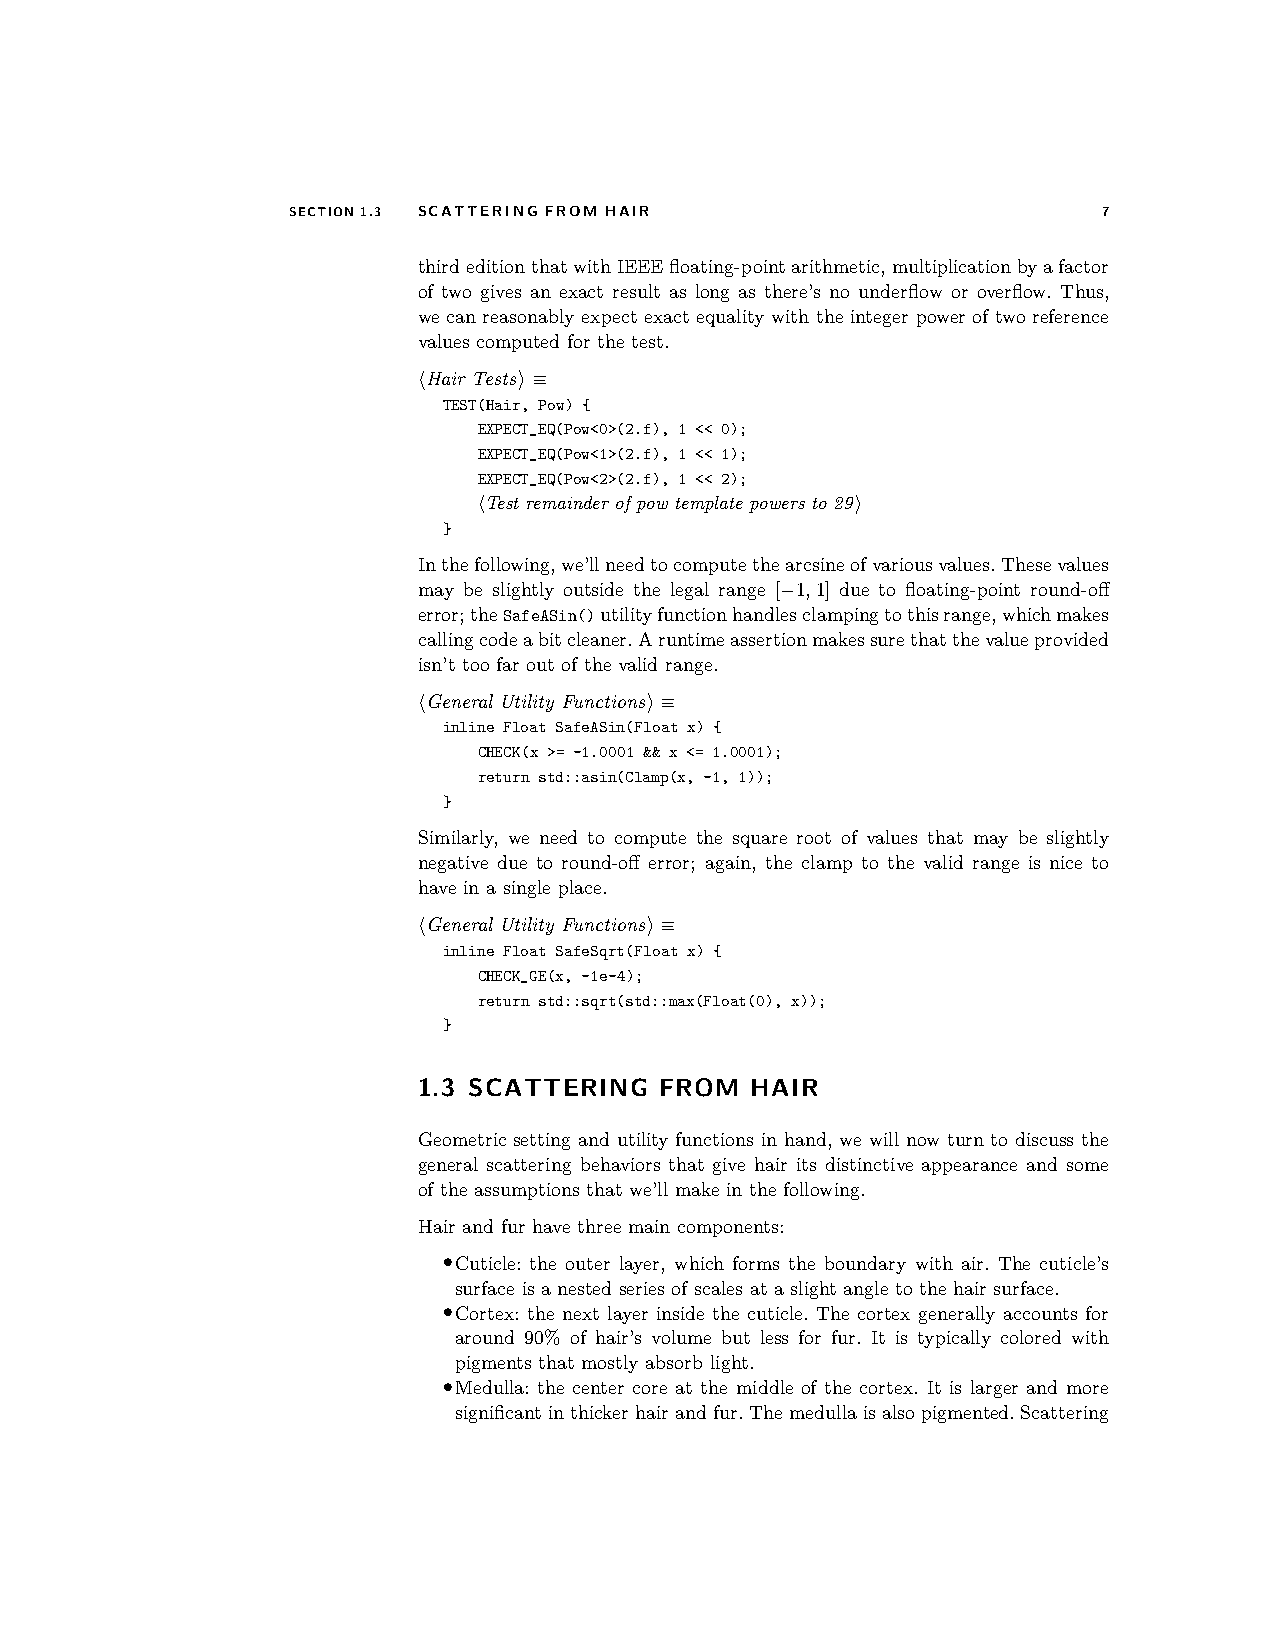
SECTION1.3 SCATTERING FROM HAIR                       7
 thirdeditionthatwithIEEEfloating-pointarithmetic,multiplicationbyafactor
 of two gives an exact result as long as there’s no underflow or overflow. Thus,
 we can reasonably expect exact equality with the integer power of two reference
 values computed for the test.
 hHair Testsi≡
 TEST(Hair, Pow) {
 EXPECT_EQ(Pow<0>(2.f), 1 << 0);
 EXPECT_EQ(Pow<1>(2.f), 1 << 1);
 EXPECT_EQ(Pow<2>(2.f), 1 << 2);
 hTest remainder of pow template powers to 29i
 }
 Inthefollowing,we’llneedtocomputethearcsineofvariousvalues.Thesevalues
 may be slightly outside the legal range [−1,1] due to floating-point round-off
 error;theSafeASin()utilityfunctionhandlesclampingtothisrange,whichmakes
 callingcodeabitcleaner.Aruntimeassertionmakessurethatthevalueprovided
 isn’t too far out of the valid range.
 hGeneral Utility Functionsi≡
 inline Float SafeASin(Float x) {
 CHECK(x >= -1.0001 && x <= 1.0001);
 return std::asin(Clamp(x, -1, 1));
 }
 Similarly, we need to compute the square root of values that may be slightly
 negative due to round-off error; again, the clamp to the valid range is nice to
 have in a single place.
 hGeneral Utility Functionsi≡
 inline Float SafeSqrt(Float x) {
 CHECK_GE(x, -1e-4);
 return std::sqrt(std::max(Float(0), x));
 }
 1.3 SCATTERING  FROM  HAIR
 Geometric setting and utility functions in hand, we will now turn to discuss the
 general scattering behaviors that give hair its distinctive appearance and some
 of the assumptions that we’ll make in the following.
 Hair and fur have three main components:
 •Cuticle: the outer layer, which forms the boundary with air. The cuticle’s
 surface is a nested series of scales at a slight angle to the hair surface.
 •Cortex: the next layer inside the cuticle. The cortex generally accounts for
 around 90% of hair’s volume but less for fur. It is typically colored with
 pigments that mostly absorb light.
 •Medulla: the center core at the middle of the cortex. It is larger and more
 significantinthickerhairandfur.Themedullaisalsopigmented.Scattering